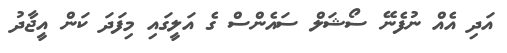
އަދި އެއް ނުފެނޭ ސޯޝަލް ސައެންސް ގެ އަލީގައި މިފަދަ ކަން އީޖާދު